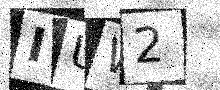
Text: IUW2